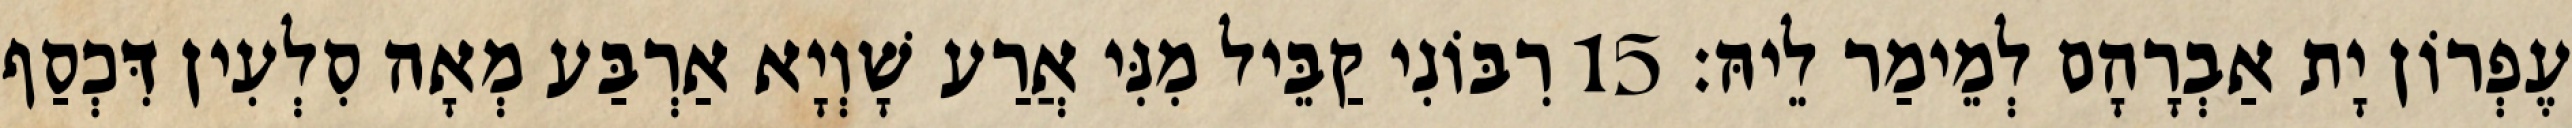
עֶפְרוֹן יָת אַבְרָהָם לְמֵימַר לֵיהּ׃ 15 רִבּוֹנִי קַבֵּיל מִנִּי אֲרַע שָׁוְיָא אַרְבַּע מְאָה סִלְעִין דִּכְסַף